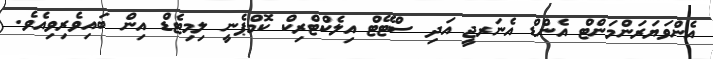
އެންވަޔަރަންމަންޓް އެންޑް އެނަރޖީ އަދި ސްޓޭޓް އިލެކްޓްރިކް ކޮމްޕެނީ ލިމިޓެޑް އިން ބައިވެރިވިއެވެ.